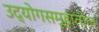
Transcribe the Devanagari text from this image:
उद्योगसमूहातील